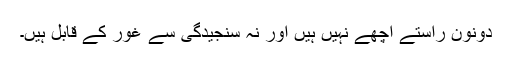
دونون راستے اچھے نہیں ہیں اور نہ سنجیدگی سے غور کے قابل ہیں۔